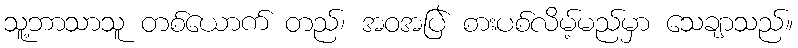
သူ့ဘာသာသူ တစ်ယောက် တည်၊ အဝအပြဲ စားပစ်လိမ့်မည်မှာ သေချာသည်။